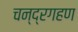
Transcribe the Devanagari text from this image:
चन्द्रगहण